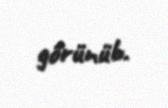
görünüb.